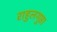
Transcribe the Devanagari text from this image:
राहुलगुप्ता